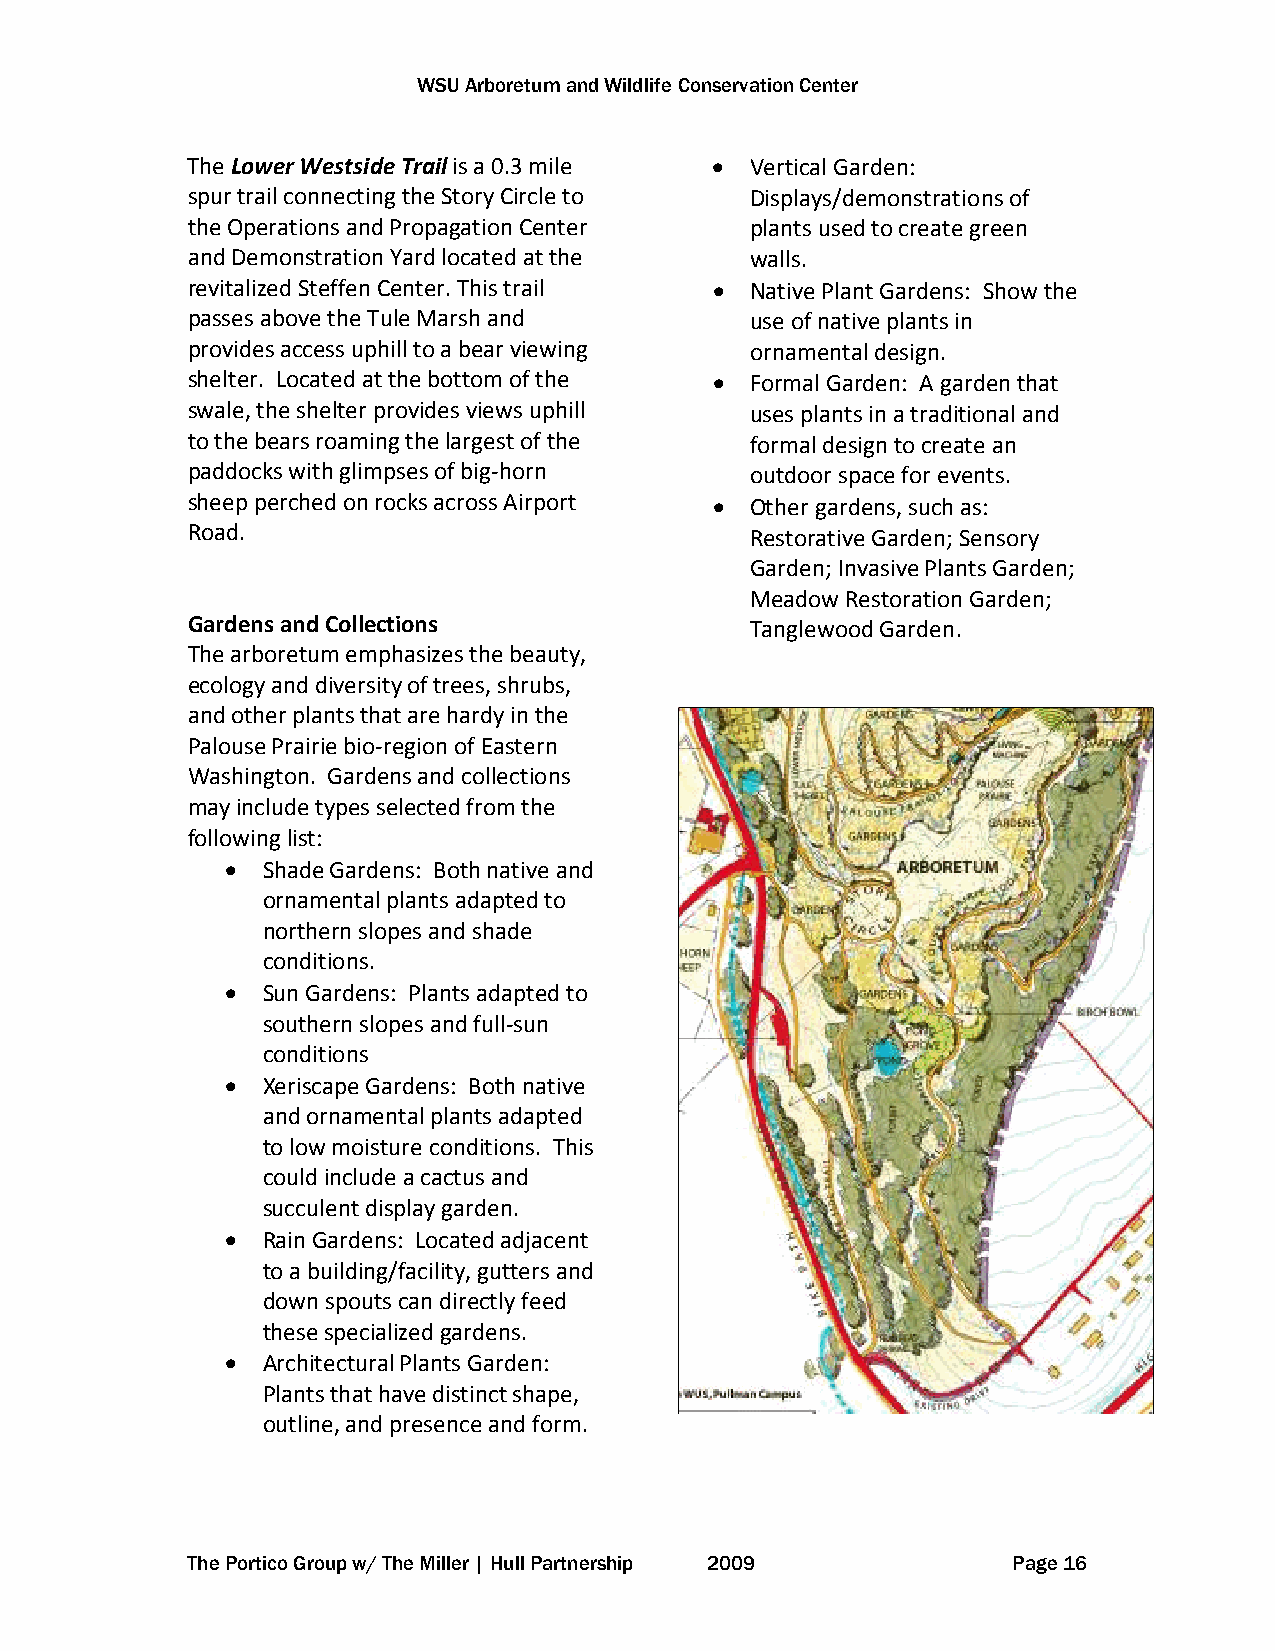
WSU Arboretum and Wildlife Conservation Center
 The Lower Westside Trail is a 0.3 mile • Vertical Garden:
 spur trail connecting the Story Circle to Displays/demonstrations of
 the Operations and Propagation Center plants used to create green
 and Demonstration Yard located at the walls.
 revitalized Steffen Center. This trail • Native Plant Gardens: Show the
 passes above the Tule Marsh and       use of native plants in
 provides access uphill to a bear viewing ornamental design.
 shelter. Located at the bottom of the • Formal Garden: A garden that
 swale, the shelter provides views uphill uses plants in a traditional and
 to the bears roaming the largest of the formal design to create an
 paddocks with glimpses of big-horn    outdoor space for events.
 sheep perched on rocks across Airport • Other gardens, such as:
 Road.                                 Restorative Garden; Sensory
 Garden; Invasive Plants Garden;
 Meadow Restoration Garden;
 Gardens and Collections               Tanglewood Garden.
 The arboretum emphasizes the beauty,
 ecology and diversity of trees, shrubs,
 and other plants that are hardy in the
 Palouse Prairie bio-region of Eastern
 Washington. Gardens and collections
 may include types selected from the
 following list:
 • Shade Gardens: Both native and
 ornamental plants adapted to
 northern slopes and shade
 conditions.
 • Sun Gardens: Plants adapted to
 southern slopes and full-sun
 conditions
 • Xeriscape Gardens: Both native
 and ornamental plants adapted
 to low moisture conditions. This
 could include a cactus and
 succulent display garden.
 • Rain Gardens: Located adjacent
 to a building/facility, gutters and
 down spouts can directly feed
 these specialized gardens.
 • Architectural Plants Garden:
 Plants that have distinct shape,
 outline, and presence and form.
 The Portico Group w/ The Miller | Hull Partnership 2009 Page 16